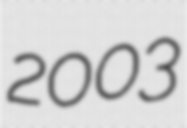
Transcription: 2003